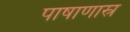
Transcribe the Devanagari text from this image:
पाषाणास्र